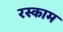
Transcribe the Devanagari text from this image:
रस्काम